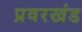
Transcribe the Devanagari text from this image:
प्रवरखंड